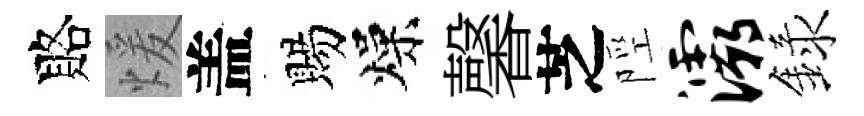
賂煖盖賜燥馨芝陘灞録